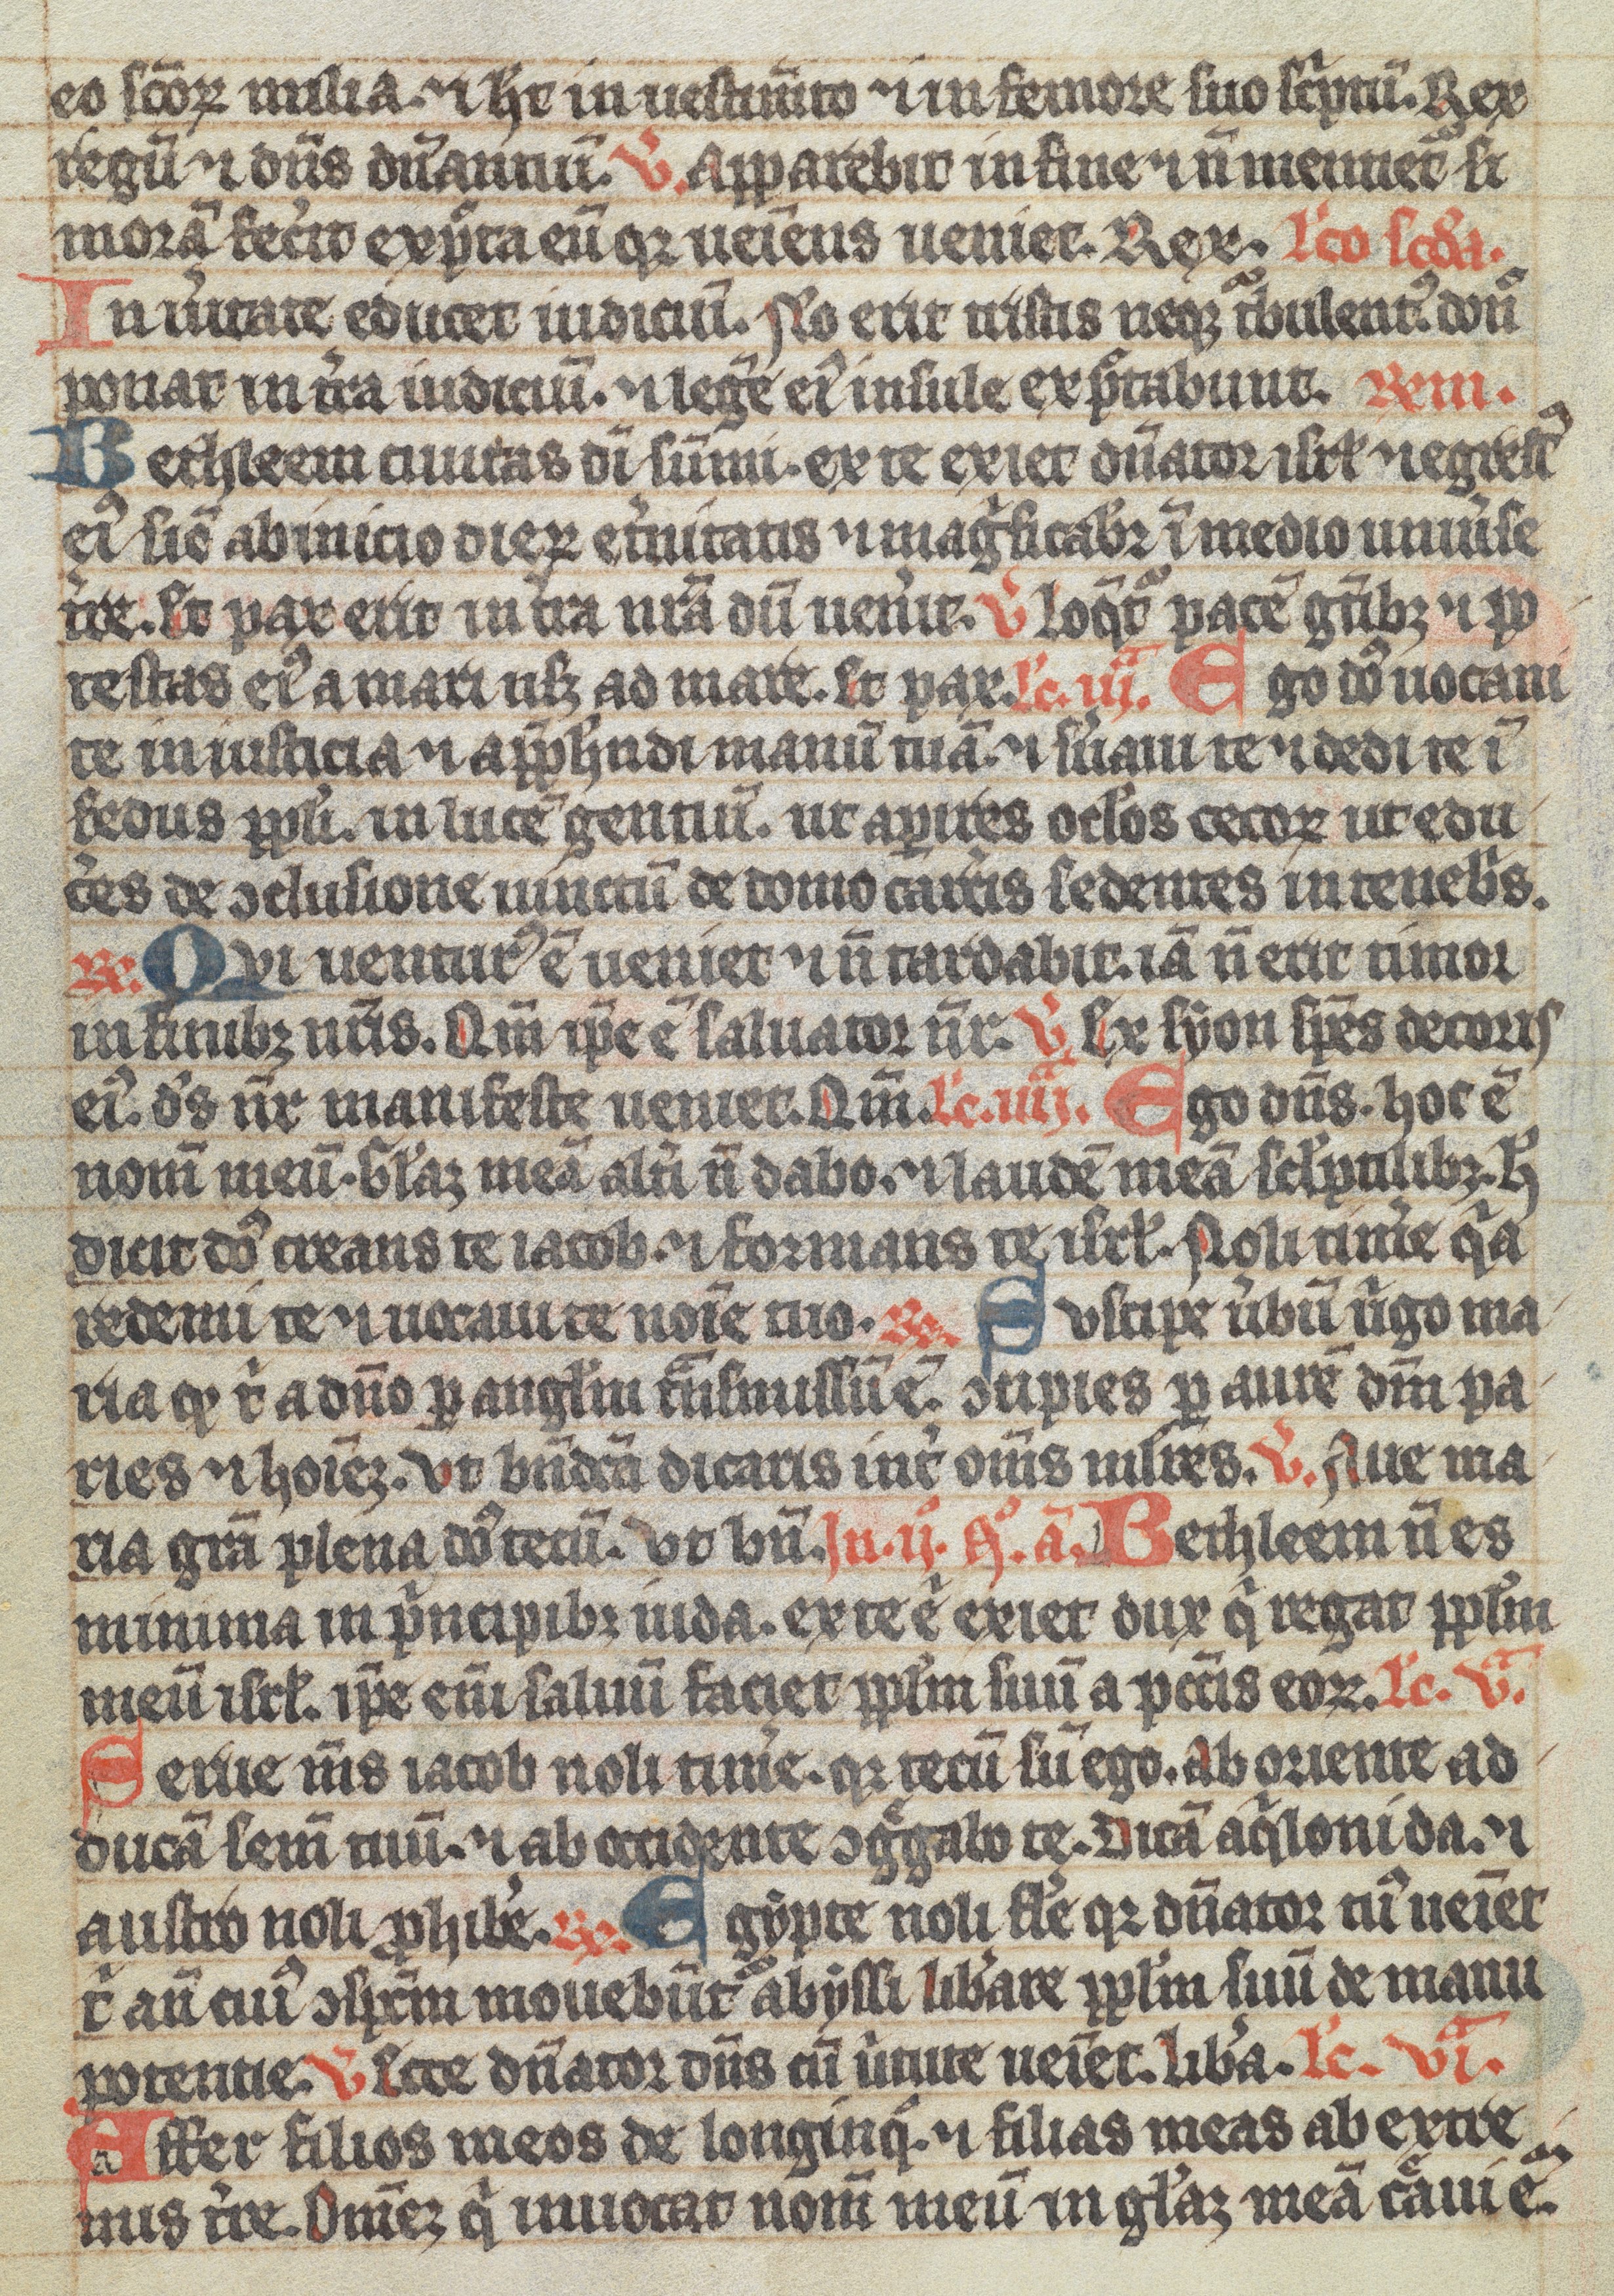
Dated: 1350–1399